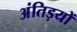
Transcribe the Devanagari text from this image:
अंतिड़यों